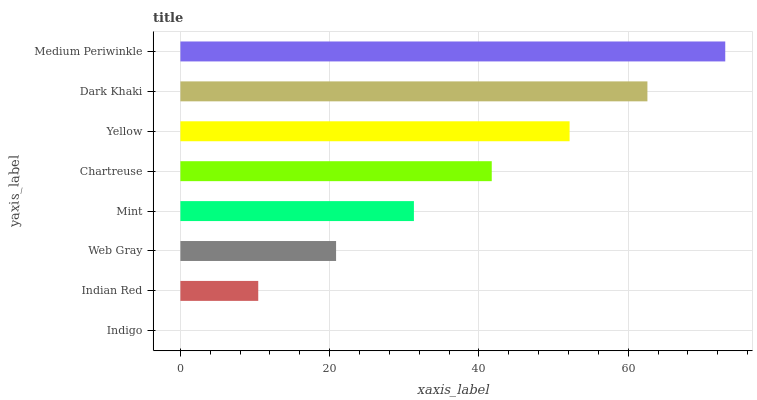
| yaxis_label | bars |
 | --- | --- |
 | Indigo | 0 |
 | Indian Red | 10.4 |
 | Web Gray | 20.9 |
 | Mint | 31.3 |
 | Chartreuse | 41.7 |
 | Yellow | 52.1 |
 | Dark Khaki | 62.6 |
 | Medium Periwinkle | 73 |